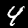
Digit: 4